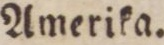
Amerika.